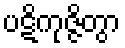
ပဋိကုဇ္ဇိတွာ